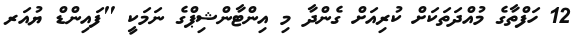
12 ހަފްތާގެ މުއްދަތަކަށް ކުރިއަށް ގެންދާ މި އިންޓާންޝިޕްގެ ނަމަކީ "ފައިންޑް ޔުއަރ